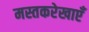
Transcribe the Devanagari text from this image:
मस्तकरेखाएँ